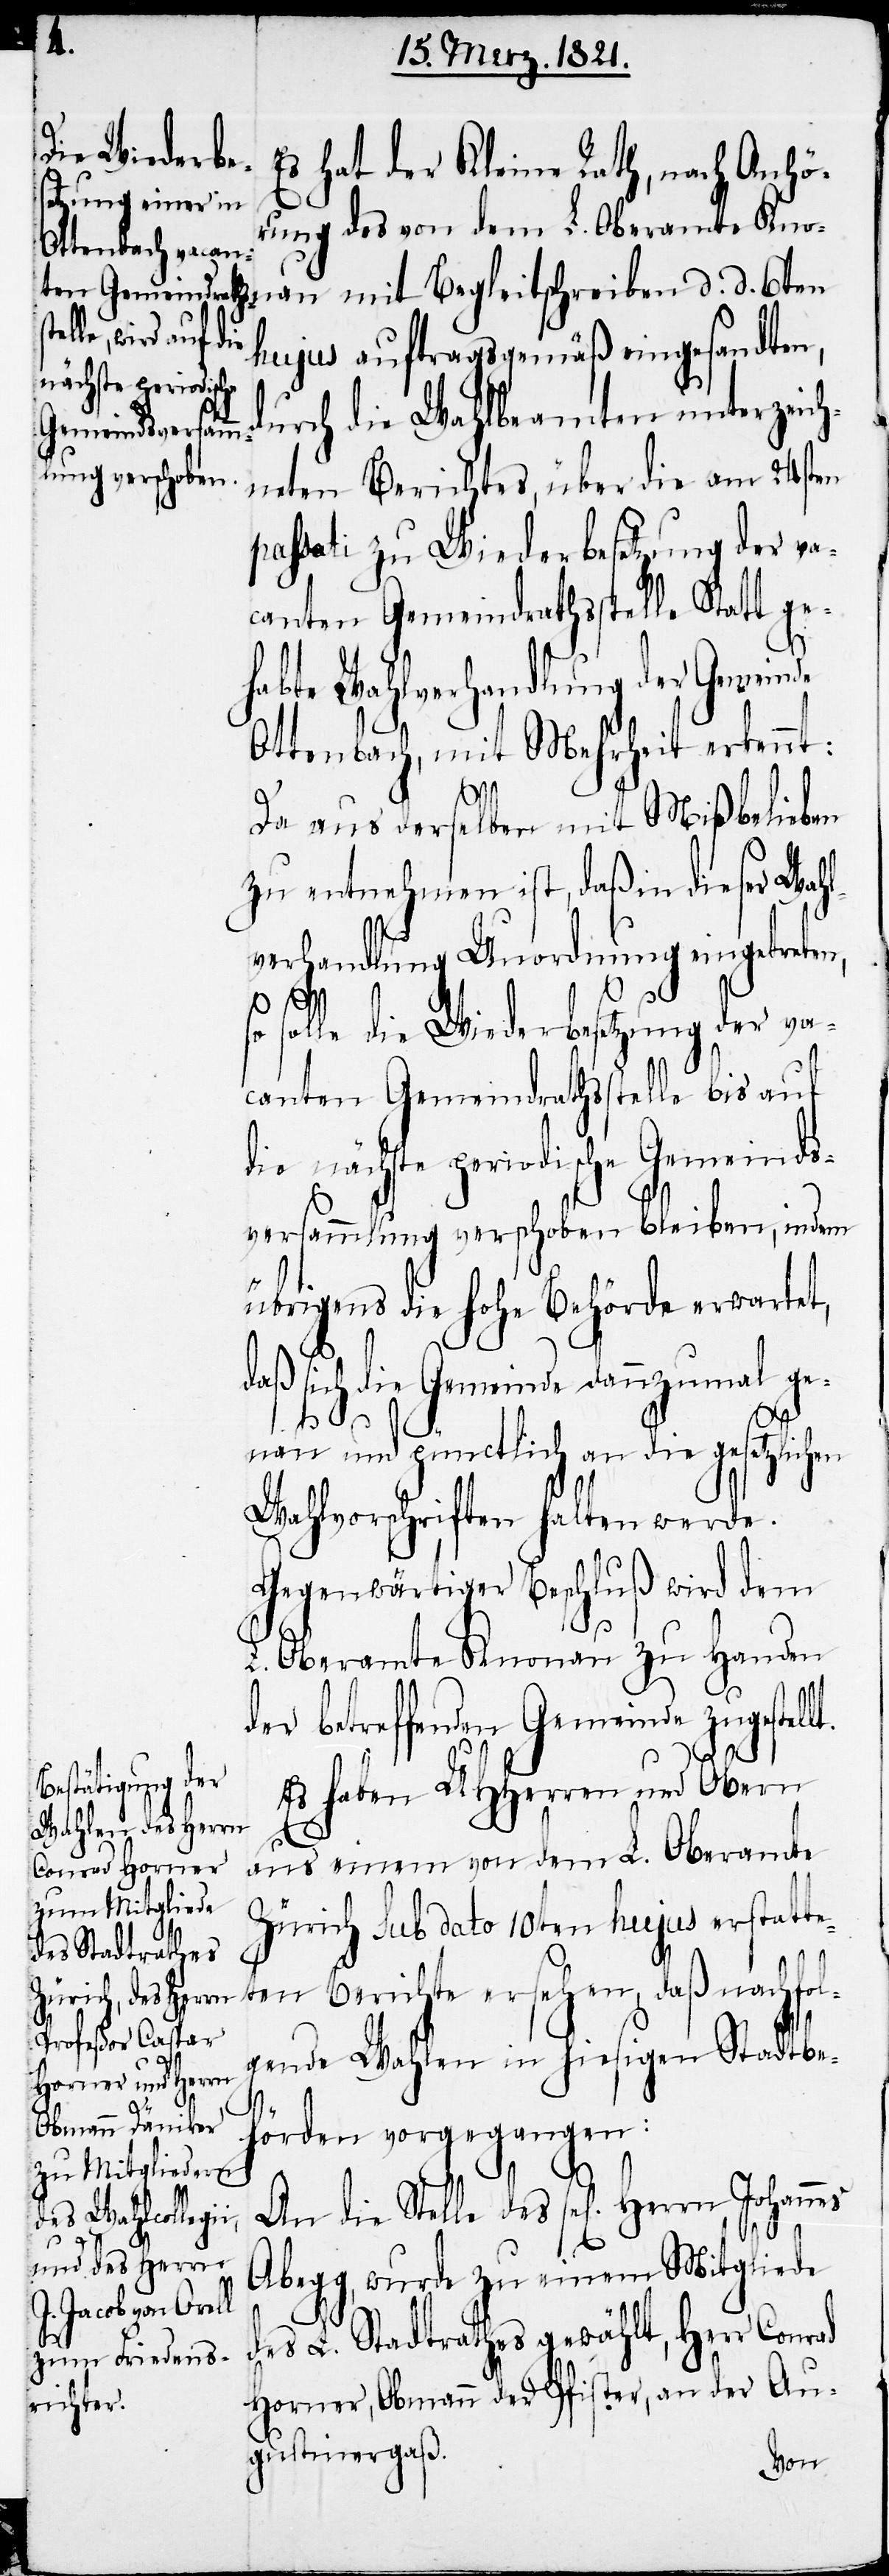
Stelle
des

Es hat der Kleine Rath, nach Anhö¬
rung des von dem L. Oberamte Kno¬
nau mit Begleitschreiben d. d. 6ten
hujus auftragsgemäß eingesandten,
urch die Wahlbeamten unterzeich¬
neten Berichtes, über die am 24sten
passati zu Wiederbesetzung der va¬
canten Gemeindrathsstelle Statt ge¬
habte Wahlverhandlung der Gemeinde
Ottenbach, mit Mehrheit erkennt:
Da aus derselben mit Mißbelieben
zu entnehmen ist, daß in dieser Wahl¬
verhandlung Unordnung eingetreten,
so
solle die Wiederbesetzung der va¬
canten Gemeindrathsstelle bis auf
die nächste periodische Gemeinds¬
versammlung verschoben bleiben, indem
übrigens die hohe Behörde erwartet,
daß sich die Gemeinde dannzumal ge¬
d¬
nau und pünctlich an die gesetzlichen
Wahlvorschriften halten werde.
Gegenwärtiger Beschluß wird dem
L. Oberamte Knonau zu Handen
der betreffenden Gemeinde zugestel¬
Es haben UHHerren und Obern
aus einem von dem L. Oberamte
Zürich sub dato 10ten hujus erstatte¬
ten Berichte ersehen, daß nachfol¬
gende Wahlen in hiesigen Stadtbe¬
hörden vorgegangen:
die
Abegg, wurde zu einem Mitgliede
des L. Stadtrathes gewählt, Herr Conrad
Horner, Obmann der Pfister, an der Au¬
gustinergaß.